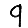
Digit: 9